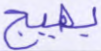
يهيج